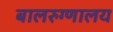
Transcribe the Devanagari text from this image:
बालरुग्णालय